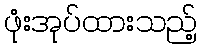
ဖုံးအုပ်ထားသည့်